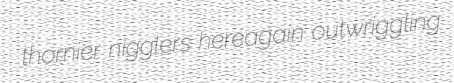
thornier nigglers hereagain outwriggling